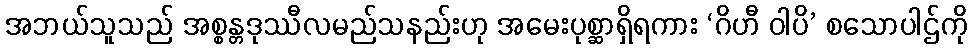
အဘယ်သူသည် အစ္စန္တဒုဿီလမည်သနည်းဟု အမေးပုစ္ဆာရှိရကား ‘ဂိဟီ ဝါပိ’ စသောပါဌ်ကို